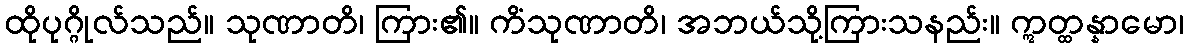
ထိုပုဂ္ဂိုလ်သည်။ သုဏာတိ၊ ကြား၏။ ကိံသုဏာတိ၊ အဘယ်သို့ကြားသနည်း။ ဣတ္ထန္နာမော၊